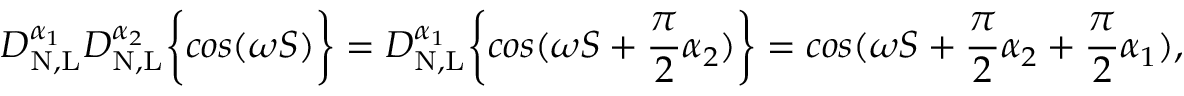
D _ { \mathrm { N , L } } ^ { \alpha _ { 1 } } D _ { \mathrm { N , L } } ^ { \alpha _ { 2 } } \bigg \{ { c o s ( \omega S ) \bigg \} } = D _ { \mathrm { N , L } } ^ { \alpha _ { 1 } } \bigg \{ { c o s ( \omega S + \frac { \pi } { 2 } \alpha _ { 2 } ) \bigg \} } = c o s ( \omega S + \frac { \pi } { 2 } \alpha _ { 2 } + \frac { \pi } { 2 } \alpha _ { 1 } ) ,